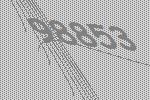
98853